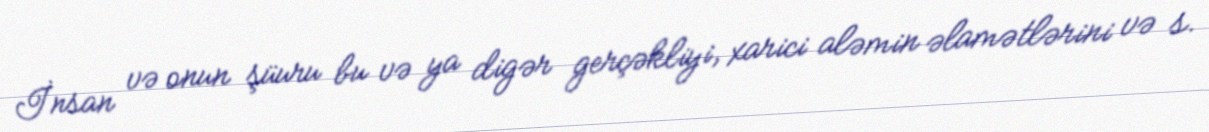
İnsan və onun şüuru bu və ya digər gerçəkliyi, xarici aləmin əlamətlərini və s.